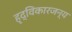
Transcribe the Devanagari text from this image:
हृद्विकारजन्य